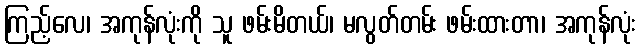
ကြည့်လေ၊ အကုန်လုံးကို သူ ဖမ်းမိတယ်၊ မလွတ်တမ်း ဖမ်းထားတာ၊ အကုန်လုံး